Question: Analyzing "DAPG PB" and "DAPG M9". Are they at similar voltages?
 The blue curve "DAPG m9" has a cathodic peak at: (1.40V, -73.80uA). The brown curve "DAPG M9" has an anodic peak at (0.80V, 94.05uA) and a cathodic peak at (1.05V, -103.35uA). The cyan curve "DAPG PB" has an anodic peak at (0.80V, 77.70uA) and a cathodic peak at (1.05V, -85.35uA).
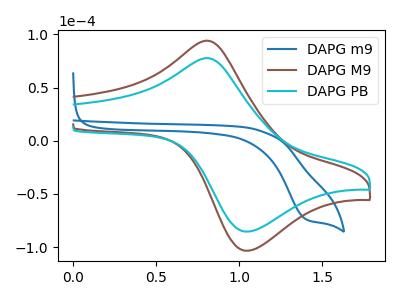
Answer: <think>All the peaks in "DAPG PB" have a peak in "DAPG M9" at the same potential. Every peak in "DAPG PB" is lower than every peak in "DAPG M9".
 </think>
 <answer>"DAPG PB" and "DAPG M9" are similar in shape.</answer>
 <eval>same_shape</eval>